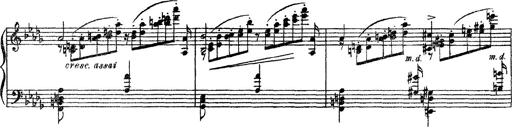
Title: 3 sonetti di Petrarca
Composer: Franz Liszt